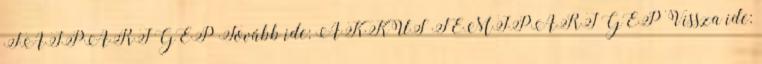
FAIPARI GÉP Tovább ide: AKKUS FÉMIPARI GÉP Vissza ide: